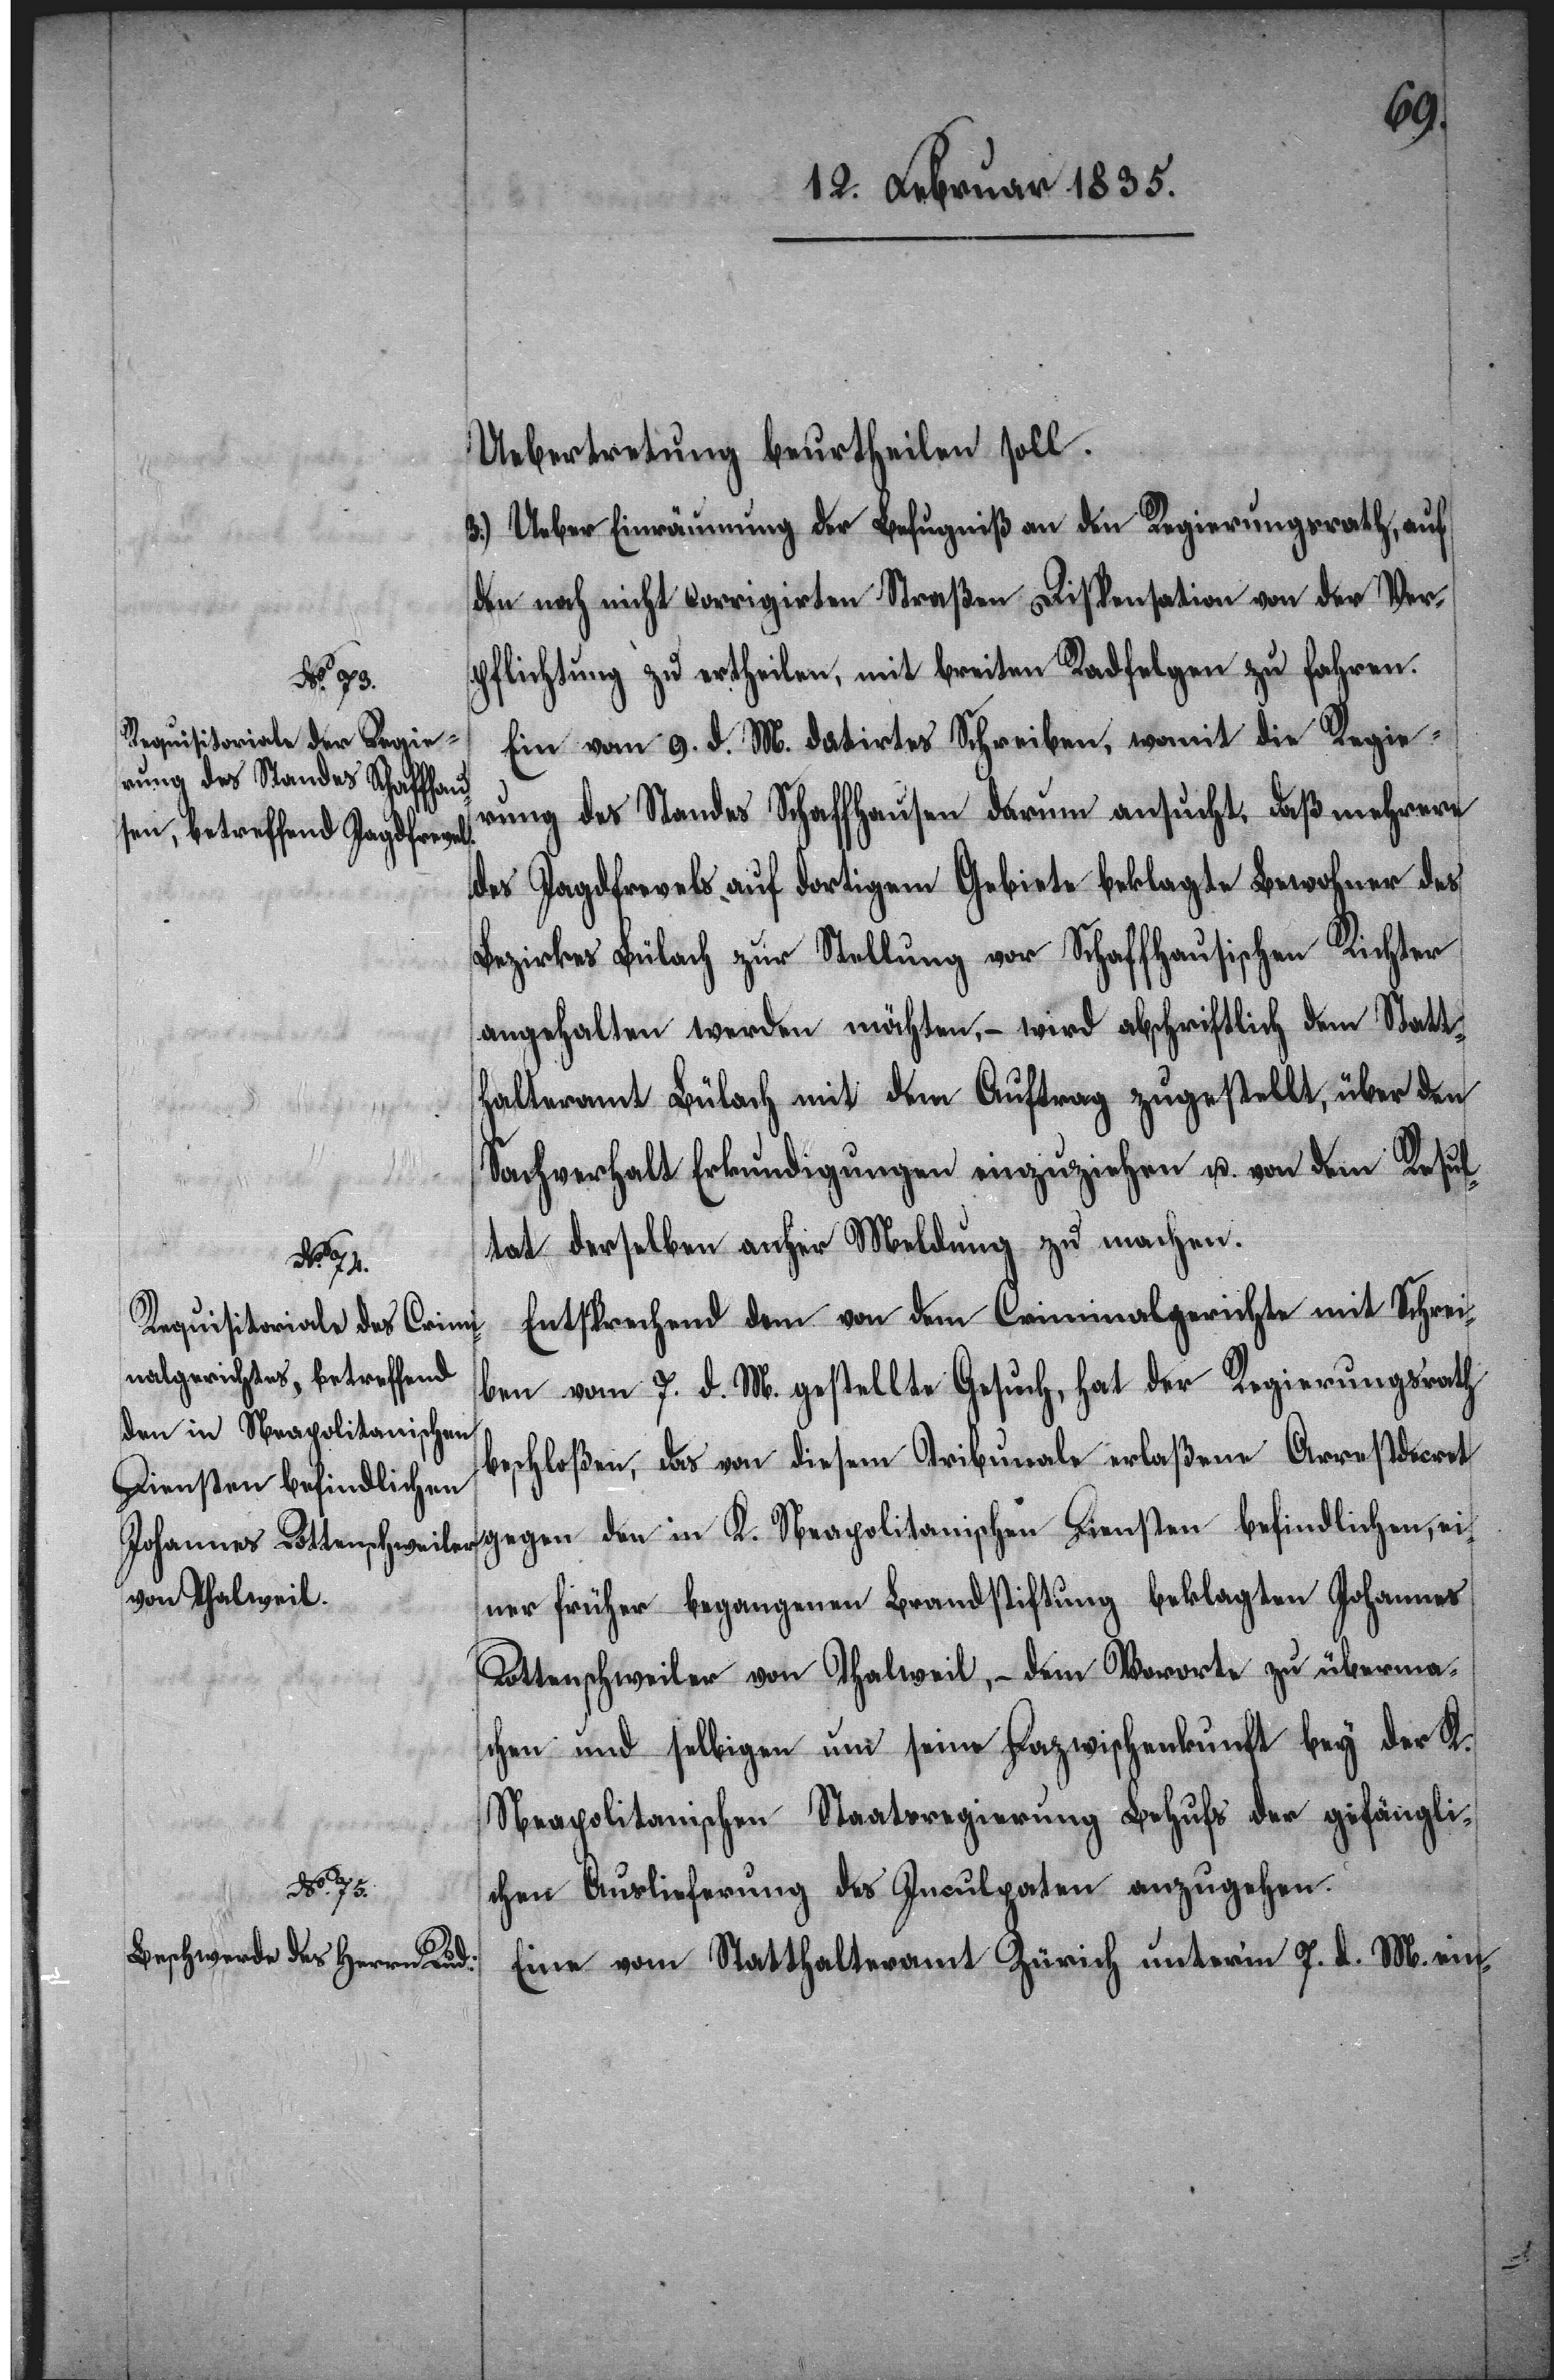
7. d.
Uebertretung beurtheilen soll.
3.) Ueber Einräumung der Befugniß an den Regierungsrath, auf
den noch nicht corrigirten Straßen Dispensation von der Ver¬
pflichtung zu ertheilen, mit breiten Radfelgen zu fahren.
Ein vom 9. d. M. datirtes Schreiben, womit die Regie¬
rung des Standes Schaffhausen darum ansucht, daß mehrere
des Jagdfrevels auf dortigem Gebiete beklagte Bewohner des
Bezirkes Bülach zur Stellung vor Schaffhausischen Richter
angehalten werden möchten, – wird abschriftlich dem Statt¬
halteramt Bülach mit dem Auftrag zugestellt, über den
Sachverhalt Erkundigungen einzuziehen, u. vom dem Resul¬
tat derselben anher Meldung zu machen.
M. ein-
Entsprechend dem von dem Criminalgerichte mit Schrei¬
ben vom 7. d. M. gestellte[n] Gesuch, hat der Regierungsrath
beschloßen, das von diesem Tribunale erlaßene Arrestdecret
gegen den in K. Neapolitanischen Diensten befindlichen, ei¬
ner früher begangenen Brandstiftung beklagten Johannes
Rottenschweiler von Thalweil, – dem Vororte zu überma¬
chen und selbigen um seine Dazwischenkunft bey der K.
Neapolitanischen Staatsregierung Behufs der gefängli¬
chen Auslieferung des Inculpaten anzugehen.